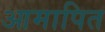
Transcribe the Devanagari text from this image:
आमापित